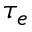
\tau _ { e }